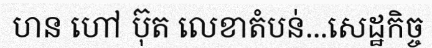
ហន ហៅ ប៊ុត លេខាតំបន់...សេដ្ឋកិច្ច